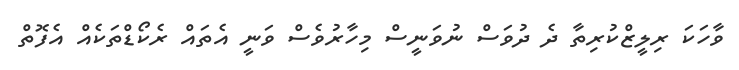
ވާހަކަ ރިލީޒްކުރިތާ ދެ ދުވަސް ނުވަނީސް މިހާރުވެސް ވަނީ އެތައް ރެކޯޑްތަކެއް އެފޮތް